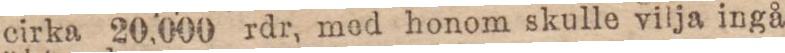
cirka 20,000 rdr, med honom skulle vilja ingå